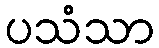
ပသံသာ